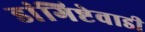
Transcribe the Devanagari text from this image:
डांगिष्टेवाडी